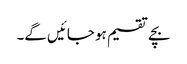
بچے تقسیم ہو جائیں گے۔